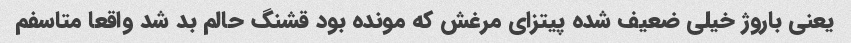
یعنی باروژ خیلی ضعیف شده پیتزای مرغش که مونده بود قشنگ حالم بد شد واقعا متاسفم